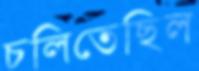
চলিতেছিল